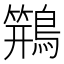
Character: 𱈸